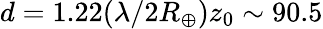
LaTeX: d=1.22(\lambda/2R_{\oplus})z_{0}\sim 90.5